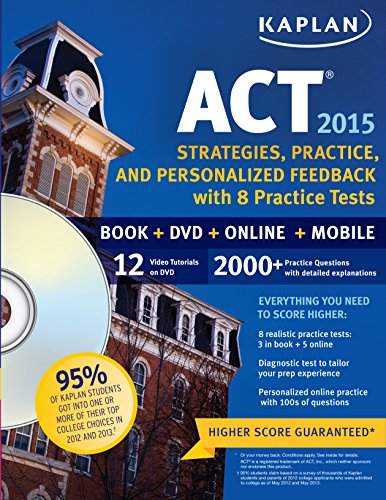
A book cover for Kaplan ACT 2015 Strategies, Practice and Personalized Feedback with 8 Practice T: Book + DVD + Online + Mobile (Kaplan Test Prep); Kaplan; Test Preparation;